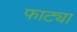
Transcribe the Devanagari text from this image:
फाट्या